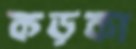
কড়কা